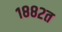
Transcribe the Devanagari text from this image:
१८८२त